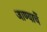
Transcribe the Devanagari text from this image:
जाण्याचें